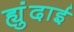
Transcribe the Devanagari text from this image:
ह्युंदाई